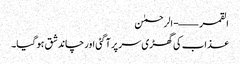
القمر ——- الرحمٰن
عذاب کی گھڑی سر پر آ گئی اور چاند شق ہو گیا۔